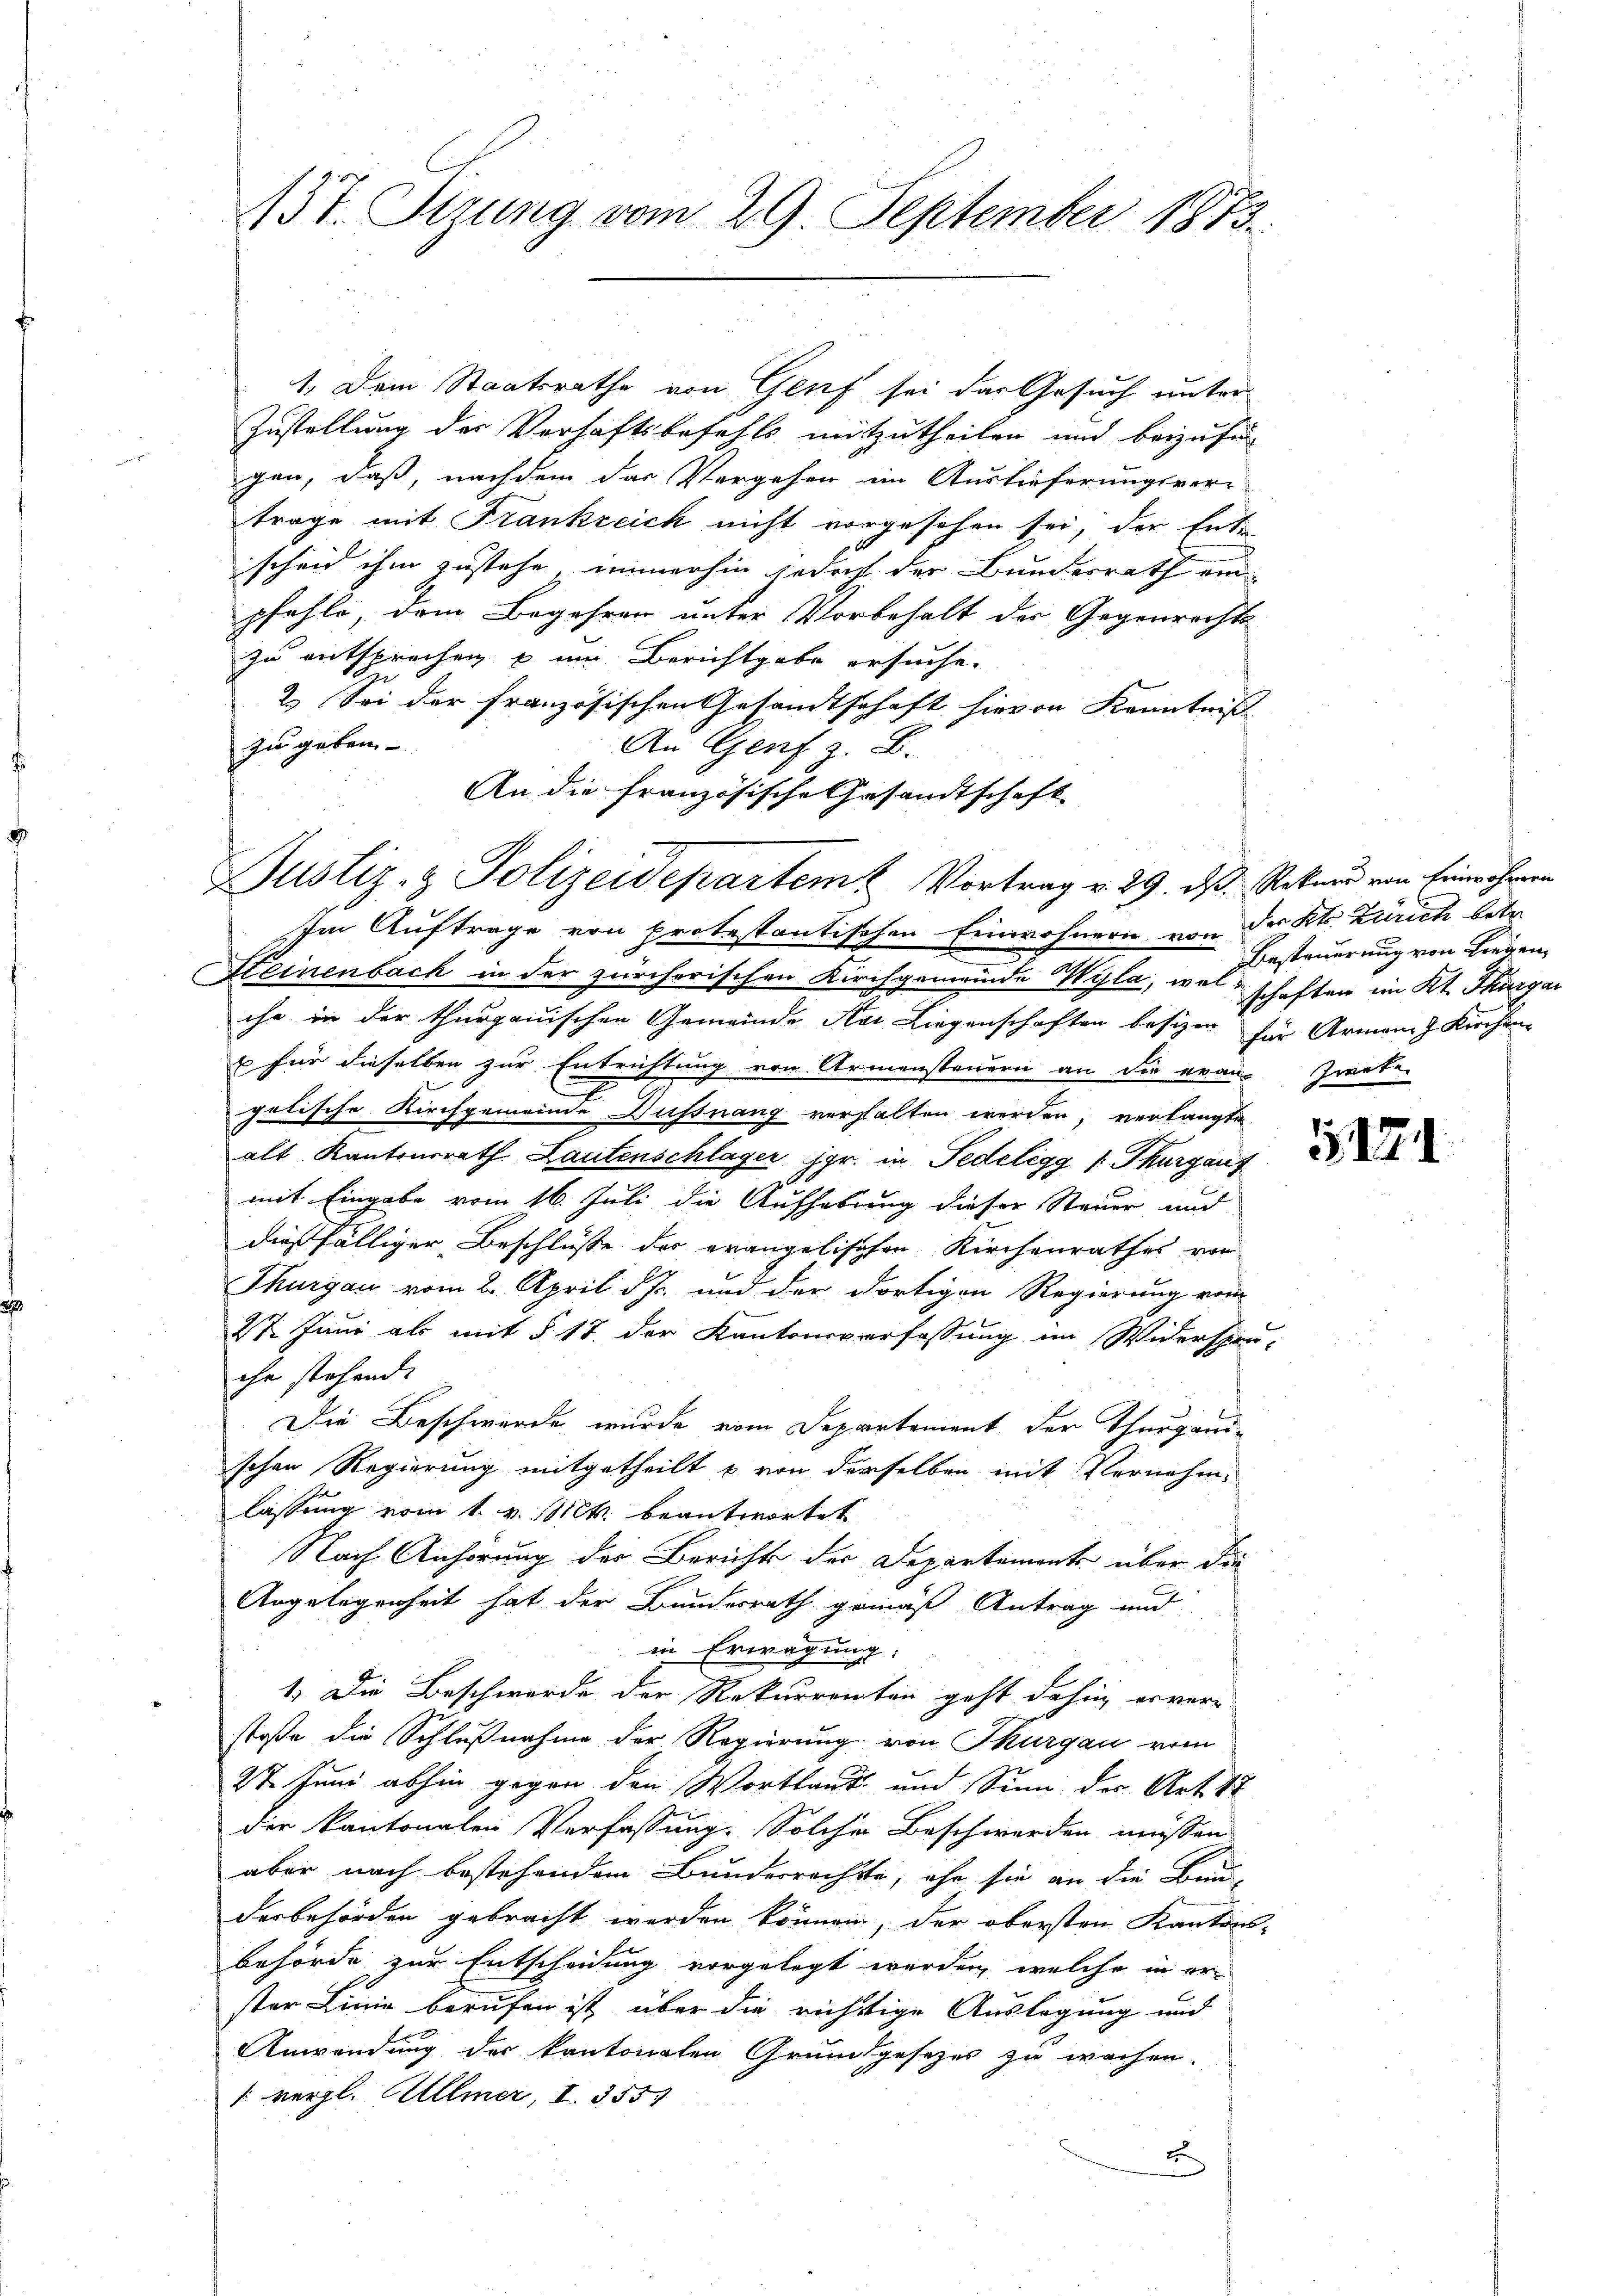
1. Dem Staatsrathe von Genf sei das Gesuch unter
Zustellung der Verhaftsbefehls mitzutheilen und beizufü
gen, daß, nachdem das Vergehen im Auslieferungsver-
trage mit Frankreich nicht vorgesehen sei, der Ent-
scheid ihm zustehe, immerhin jedoch der Bundesrath ein
pfehle, dem Begehren unter Vorbehalt der Gegenrechts
zu entsprechen u im Berichtgabe ersuche.
2.) Sei der französischen Gesandtschaft hievon Kenntniß
zu geben.
An Genf z. B.
An die französische Gesandtschaft
Justiz- & Polizeidepartem Vortrag v. 29. ds. Rekurs von Einwohnern
Im Auftrage von protestantischen Einwohnern von der Kt. Zürich betr.
Steinenbach in der zürcherischen Kirchgemeinde Wyla, von Besteuerung von Fragen,
che in der thurgauischen Gemeinde Avi Liegenschaften besizen für Armann Kirchen-
b für dieselben zur Entrichtung von Armensteuern an die evan Zwete
gelische Kirchgemeinde Dußnang verhalten werden, verlangte
alt Kantonsrath Lautenschläger jgr. in Pedelègg /: Thurgauf
mit Eingabe vom 16. Juli die Aufhebung dieser Steuer und
dießfälliger Beschlüße der evangelischen Kirchenrathes von
Thurgau vom 2. April d. J. und der dortigen Regierung vom
27. Juni als mit § 17. der Kantonsverfassung im Widerspru-
che stehende
Die Beschwerde wurde vom Departement der Thurgauschen Regierung mitgetheilt u. von derselben mit Vernehmlassung vom 1. v. Mts. beantwortet
Nach Anhörung der Berichts der Departements über die
Angelegenheit hat der Bundesrath gemäß Antrag und
in Erwägung:
1. Die Beschwerde der Rekurrenten geht dahin erver-
stoße die Schlußnahme der Regierung von Thurgau vom
27. Juni abhin gegen den Wortlaut und Sinn des Art. 17
der kantonalen Verfassung. Solcher Beschwerden müssen.
aber nach bestehendem Bunderrechte, ehe sie an die Bri
derbehörden gebracht werden können, der obersten Kantons-
behörde zur Entscheidung vorgelegt werden, welche in erster Linie berufen ist, über die richttige Auslegung und
Anwendung des kantonalen Grundgesezes zu wachen.
1 vergl. Allmer, I. 3557
x

137. Stzung vom 29. September 1873.

schaften im Kt. Thurgan

317